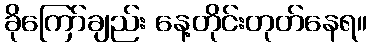
ခိုကြော်ချည်း နေ့တိုင်းတုတ်နေရ။